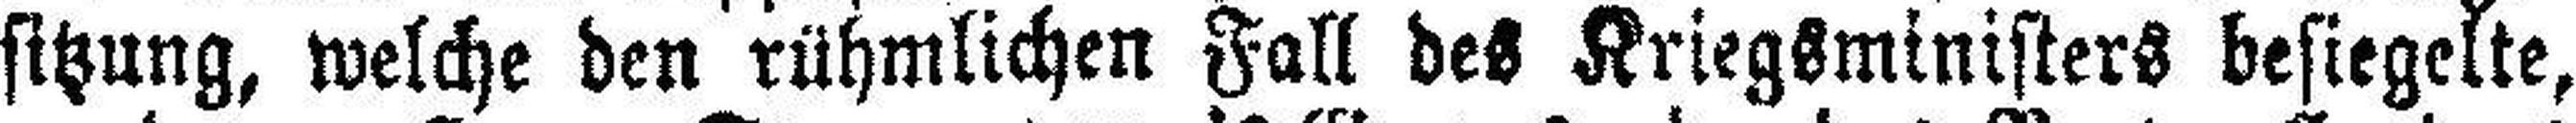
sitzung, welche den rühmlichen Fall des Kriegsministers besiegelte,